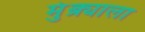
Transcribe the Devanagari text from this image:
मुंब्र्याला